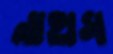
নাহাস